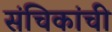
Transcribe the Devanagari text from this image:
संचिकांची